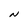
Character: N